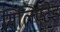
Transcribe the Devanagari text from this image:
सिलिएटेड